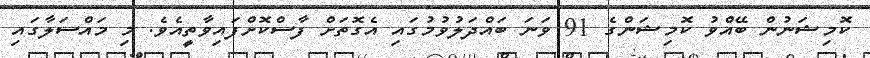
ކޮމިޝަނުން ބޭއްވު ކޮމިޝަންގެ 91 ވަނަ ބައްދަލުވުމުގައި އެގޮތަށް ފާސްކޮށްފައިވާތީއެވެ. މި މައްސަލާގައި